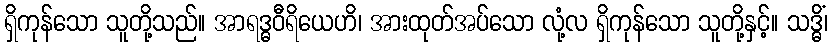
ရှိကုန်သော သူတို့သည်။ အာရဒ္ဓဝီရိယေဟိ၊ အားထုတ်အပ်သော လုံ့လ ရှိကုန်သော သူတို့နှင့်။ သဒ္ဓိံ၊